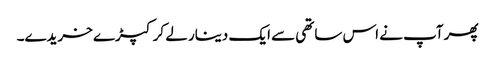
پھر آپ نے اس ساتھی سے ایک دینار لے کر کپڑے خریدے۔